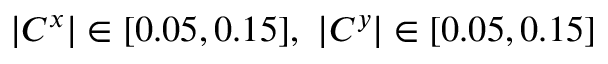
| C ^ { x } | \in [ 0 . 0 5 , 0 . 1 5 ] , ~ | C ^ { y } | \in [ 0 . 0 5 , 0 . 1 5 ]